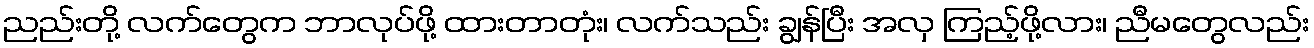
ညည်းတို့ လက်တွေက ဘာလုပ်ဖို့ ထားတာတုံး၊ လက်သည်း ချွန်ပြီး အလှ ကြည့်ဖို့လား၊ ညီမတွေလည်း